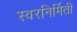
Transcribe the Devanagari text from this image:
स्वरनिर्मिती